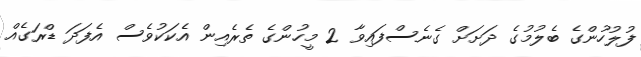
ފުލުހުންގެ ބެލުމުގެ ދަށަށް ގެނެސްފައިވާ 2 މީހުންގެ ތެރެއިން އެކަކުވެސް އެފަދަ ޑްރަގެއް